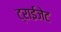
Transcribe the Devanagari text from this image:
ट्राईजेट